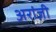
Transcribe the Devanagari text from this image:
अरांज़ी